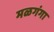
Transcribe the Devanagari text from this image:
मळगंगा